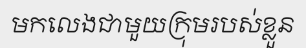
មកលេងជាមួយក្រុមរបស់ខ្លួន